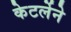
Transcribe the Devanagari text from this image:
केटर्लेने